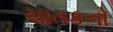
ચાતકનો